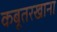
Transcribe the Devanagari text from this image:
कबूतरखाना